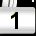
Digit: 1